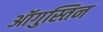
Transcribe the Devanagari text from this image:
ऑगुस्तिन